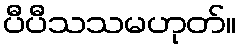
ပီပီသသမဟုတ်။